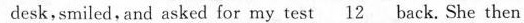
desk,smiled.and asked for my test \underline{12} back._ She then